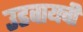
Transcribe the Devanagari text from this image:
उडवायची